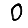
Digit: 0